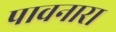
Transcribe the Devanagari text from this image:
पावनारा